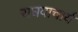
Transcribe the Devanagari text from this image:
राघवाचार्य